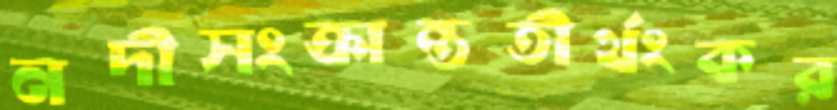
নদীসংক্রান্ততীর্থংকর